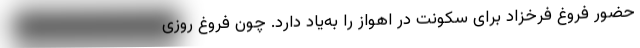
حضور فروغ فرخزاد برای سکونت در اهواز را به‌یاد دارد. چون فروغ روزی